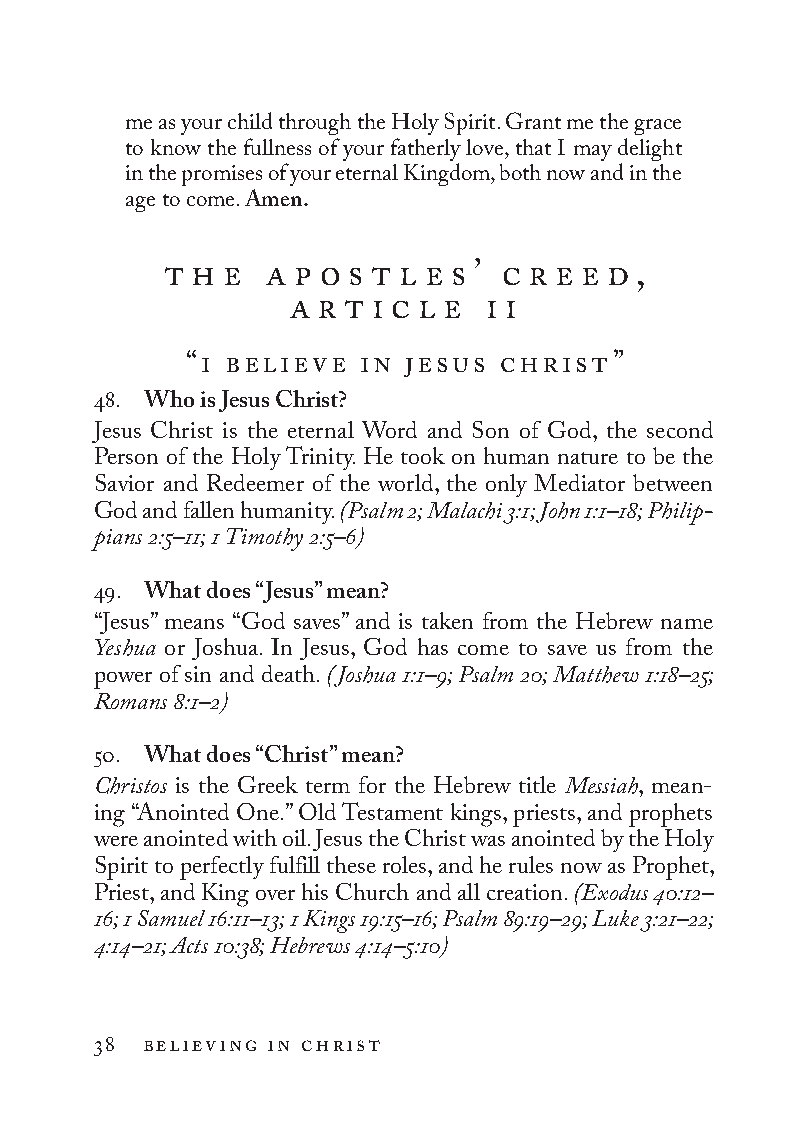
me as your child through the Holy Spirit. Grant me the grace
 to know the fullness of your fatherly love, that I may delight
 in the promises of your eternal Kingdom, both now and in the
 age to come. Amen.
 t h e  a p o s t l e s ’ c r e e d ,
 a r t i c l e i i
 “i believe in jesus christ”
 48. Who is Jesus Christ?
 Jesus Christ is the eternal Word and Son of God, the second
 Person of the Holy Trinity. He took on human nature to be the
 Savior and Redeemer of the world, the only Mediator between
 God and fallen humanity. (Psalm 2; Malachi 3:1; John 1:1–18; Philip­
 pians 2:5–11; 1 Timothy 2:5–6)
 49. What does “Jesus” mean?
 “Jesus” means “God saves” and is taken from the Hebrew name
 Yeshua or Joshua. In Jesus, God has come to save us from the
 power of sin and death. (Joshua 1:1–9; Psalm 20; Matthew 1:18–25;
 Romans 8:1–2)
 50. What does “Christ” mean?
 Christos is the Greek term for the Hebrew title Messiah, mean-
 ing “Anointed One.” Old Testament kings, priests, and prophets
 were anointed with oil. Jesus the Christ was anointed by the Holy
 Spirit to perfectly fulfill these roles, and he rules now as Prophet,
 Priest, and King over his Church and all creation. (Exodus 40:12–
 16; 1 Samuel 16:11–13; 1 Kings 19:15–16; Psalm 89:19–29; Luke 3:21–22;
 4:14–21; Acts 10:38; Hebrews 4:14–5:10)
 38 believing in christ
 To be a Christian.566776.int.indd 38        11/13/19 1:31 PM